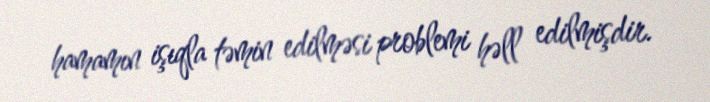
hamamın işıqla təmin edilməsi problemi həll edilmişdir.